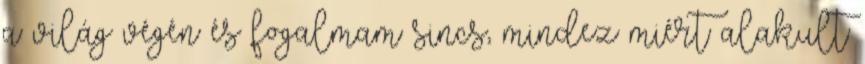
a világ végén és fogalmam sincs, mindez miért alakult